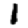
Digit: 1